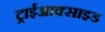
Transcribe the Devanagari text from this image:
ट्राईआक्साइड